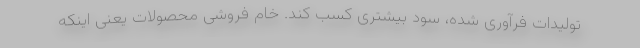
تولیدات فرآوری شده، سود بیشتری کسب کند. خام فروشی محصولات یعنی اینکه